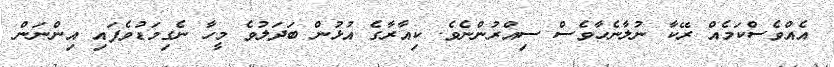
އެއްވެސްކަމެއް ރޭކާ ނުލާނެހާވެސް ސިއްރުންނެވެ. ކިއާރާގެ އުޅުން ބަދަލުވެ މީހާ ނެގިމަޑުވެފައި އިންނަން